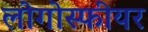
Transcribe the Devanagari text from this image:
लोगोस्फीयर